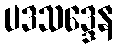
ပဒသဒ္ဒေန